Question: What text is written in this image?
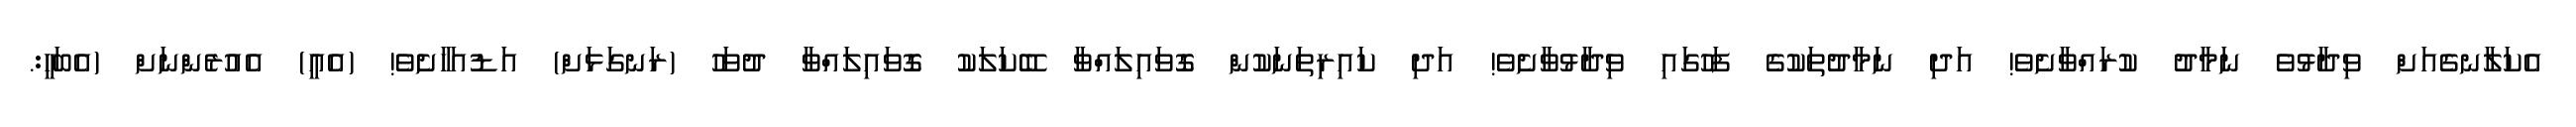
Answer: އެކަލާނގެއަށް ވިދާޅުވެ ނަމާދު ކުރައްވާށެވެ! އަދި ނަމާދުތަކުގެ ފަހުގައި ވިދާޅުވާށެވެ! އަދި ކައިރިތަނަކުން ގޮވައިލައްވާ ބޭކަލަކު ގޮވައިލައްވާ ދުވަހު (ރަނގަޅަށް) އަޑުއަހާށެވެ! (އެއީ) އެއުރެންނަށް (އެބަހީ:.